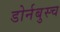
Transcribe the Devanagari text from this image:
डोर्नबुस्च